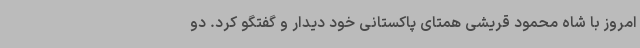
امروز با شاه محمود قریشی همتای پاکستانی خود دیدار و گفتگو کرد. دو